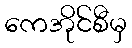
ကေအိုင်စီမှ